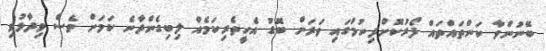
ބޭނުންވާ ކަންތައްތައް ފޯރުކޮށްދިނުމުގައި ވަރަށް ބޮޑު އެހީތެރިކަމެއް ލިބިގެންދާނެ ކަަމަށް ވެސް ވިދާޅުވި